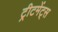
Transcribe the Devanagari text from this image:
ट्रीटमेंट्स